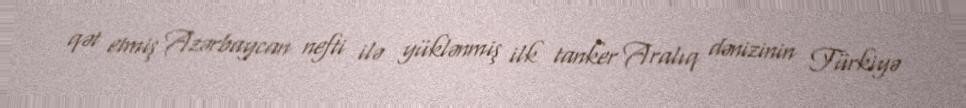
qət etmiş Azərbaycan nefti ilə yüklənmiş ilk tanker Aralıq dənizinin Türkiyə